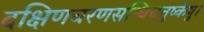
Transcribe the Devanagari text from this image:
दक्षिणचरणसन्धिचतुष्केषु।